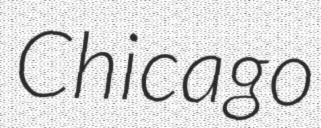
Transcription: Chicago